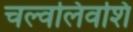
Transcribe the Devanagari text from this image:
चल्वलिवशि